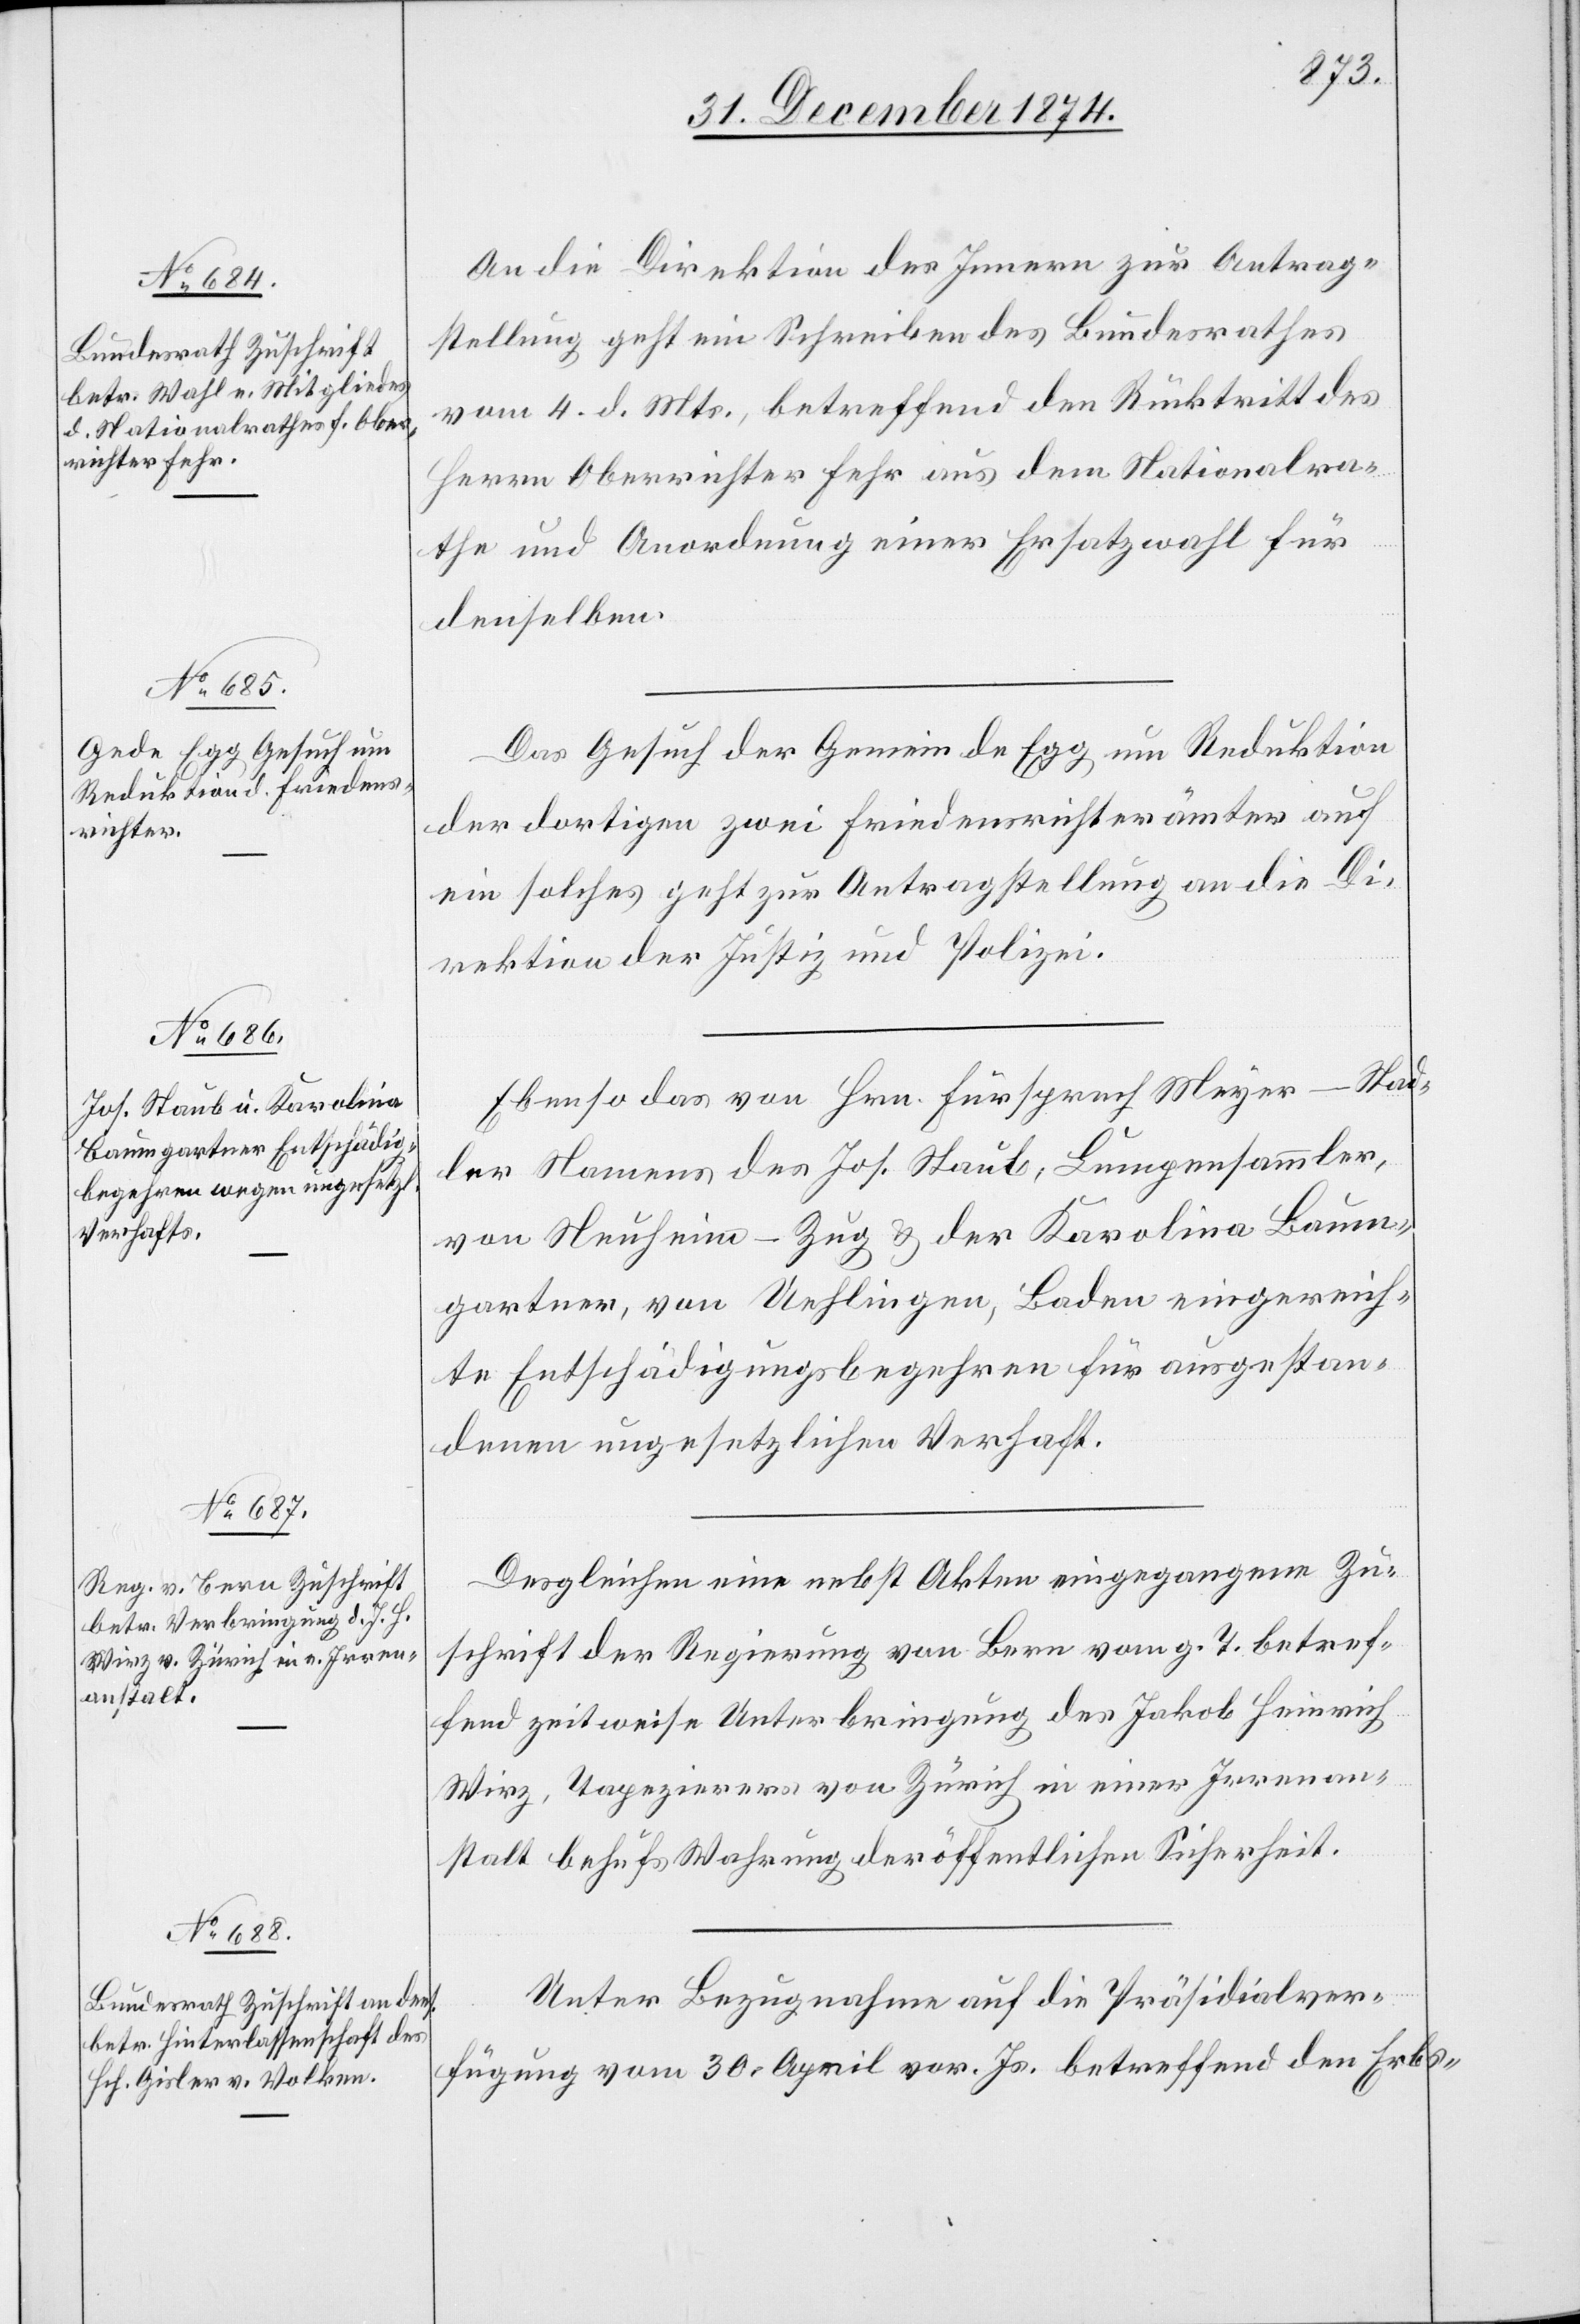
6. Januar 1875.]
An die Direktion des Innern zur Antrag¬
stellung geht ein Schreiben des Bundesrathes
vom 4. d. Mts., betreffend den Rücktritt des
Herrn Oberrichter Fehr aus dem Nationalra¬
the und Anordnung einer Ersatzwahl für
denselben.
Das Gesuch der Gemeinde Egg um Reduktion
der dortigen zwei Friedensrichterämter auf
ein solches geht zur Antragstellung an die Di¬
rektion der Justiz und Polizei.
Ebenso das von Hrn. Fürsprech Meyer-Stad¬
ler Namens des Jos. Staub, Lumpensammler,
von Neuheim - Zug & der Karolina Baum¬
gartner, von Uehlingen, Baden eingereich¬
tes Entschädigungsbegehren für ausgestan¬
denen ungesetzlichen Verhaft.
Desgleichen eine nebst Akten eingegangene Zu¬
schrift der Regierung von Bern vom g. T. betref¬
fend zeitweise Unterbringung des Jakob Heinrich
Wirz, Tapezierers von Zürich in einer Irrenan¬
stalt behufs Wahrung der öffentlichen Sicherheit.
Unter Bezugnahme auf die Präsidialver¬
fügung vom 30. April vor. Js. betreffend den Erbs-